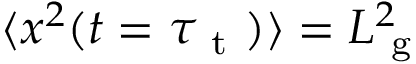
\langle x ^ { 2 } ( t = \tau _ { \mathrm { ~ t ~ } } ) \rangle = L _ { \mathrm { ~ g ~ } } ^ { 2 }